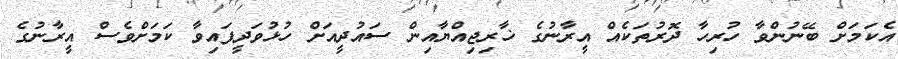
އެކަމަށް ބޭނުންވާ ހުރިހާ ދޮރުތަކެއް އީރާނުގެ ޚާރިޖިއްޔާއިން ސައުދީއަށް ހުޅުވަދީފައިވާ ކަމަށްވެސް އީރާނުގެ